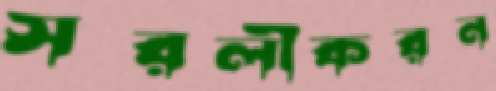
সরলীকরন